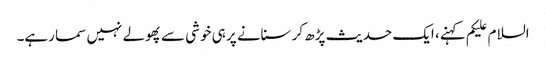
السلام علیکم کہنے، ایک حدیث پڑھ کر سنانے پر ہی خوشی سے پھولے نہیں سما رہے۔